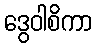
ဒွေဝါစိကာ